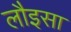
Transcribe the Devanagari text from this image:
लौइसा